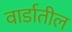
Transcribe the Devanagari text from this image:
वार्डातील